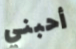
أحبني